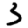
Digit: 3